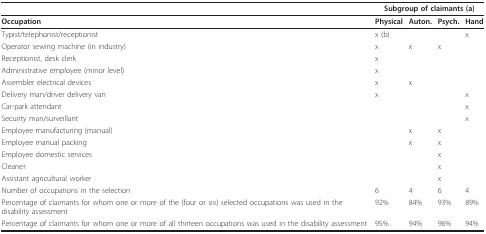
|  | <COLSPAN=4> Subgroup of claimants (a) |
 | --- | --- | --- | --- | --- |
 | Occupation | Physical | Auton. | Psych. | Hand |
 | Typist/telephonist/receptionist | x (b) |  |  | x |
 | Operator sewing machine (in industry) | x | x | x |  |
 | Receptionist, desk clerk | x |  |  |  |
 | Administrative employee (minor level) | x |  |  |  |
 | Assembler electrical devices | x | x |  |  |
 | Delivery man/driver delivery van | x |  |  | x |
 | Car-park attendant |  |  |  | x |
 | Security man/surveillant |  |  |  | x |
 | Employee manufacturing (manual) |  | x | x |  |
 | Employee manual packing |  | x | x |  |
 | Employee domestic services |  |  | x |  |
 | Cleaner |  |  | x |  |
 | Assistant agricultural worker |  |  | x |  |
 | Number of occupations in the selection | 6 | 4 | 6 | 4 |
 | Percentage of claimants for whom one or more of the (four or six) selected occupations was used in the disability assessment | 92% | 84% | 93% | 89% |
 | Percentage of claimants for whom one or more of all thirteen occupations was used in the disability assessment | 95% | 94% | 96% | 94% |